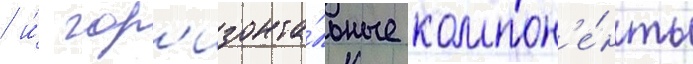
/ и́ гор'изонта́льные компон'е́нты